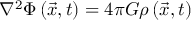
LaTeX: \nabla ^ { 2 } \Phi \left( { \vec { x } } , t \right) = 4 \pi G \rho \left( { \vec { x } } , t \right)